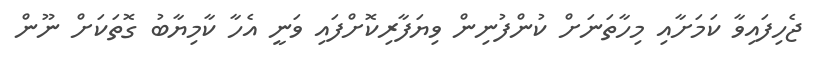
ޖެހިފައިވާ ކަމަށާއި މިހާތަނަށް ކުންފުނިން ވިޔަފާރިކޮށްފައި ވަނީ އެހާ ކާމިޔާބު ގޮތަކަށް ނޫން